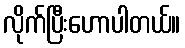
လိုက်ပြီးဟောပါတယ်။